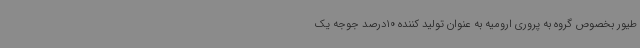
طیور بخصوص گروه به پروری ارومیه به عنوان تولید کننده 10درصد جوجه یک